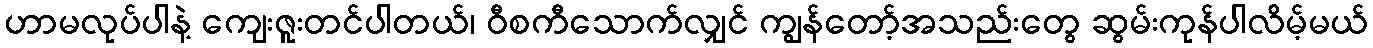
ဟာမလုပ်ပါနဲ့ ကျေးဇူးတင်ပါတယ်၊ ဝီစကီသောက်လျှင် ကျွန်တော့်အသည်းတွေ ဆွမ်းကုန်ပါလိမ့်မယ်